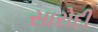
સારોદી